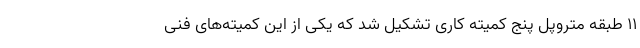
۱۱ طبقه متروپل پنج کمیته کاری تشکیل شد که یکی از این کمیته‌های فنی